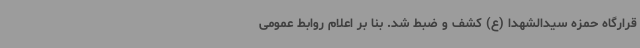
قرارگاه حمزه سیدالشهدا (ع) کشف و ضبط شد. بنا بر اعلام روابط عمومی